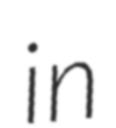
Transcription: in